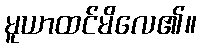
မူယာထင်မိလေ၏။